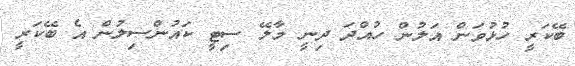
ބޭކަރީ ހުޅުވަން އަލުން ހުއްދަ ދިނީ މާލޭ ސިޓީ ކައުންސިލުން އެ ބޭކަރީ